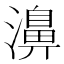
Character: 濞